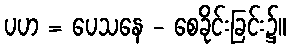
ပဟ = ပေသနေ - စေခိုင်းခြင်း၌။